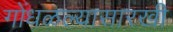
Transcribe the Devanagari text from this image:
गोंधळल्यासारखी